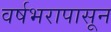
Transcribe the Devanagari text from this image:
वर्षभरापासून